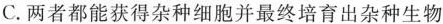
C.两者都能获得杂种细胞并最终培育出杂种生物